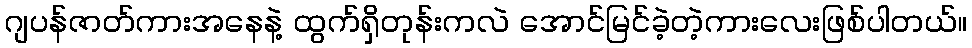
ဂျပန်ဇာတ်ကားအနေနဲ့ ထွက်ရှိတုန်းကလဲ အောင်မြင်ခဲ့တဲ့ကားလေးဖြစ်ပါတယ်။